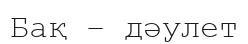
Бақ – дәулет